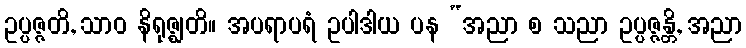
ဥပ္ပဇ္ဇတိ, သာဝ နိရုဇ္ဈတိ။ အပရာပရံ ဥပါဒါယ ပန “အညာ စ သညာ ဥပ္ပဇ္ဇန္တိ, အညာ